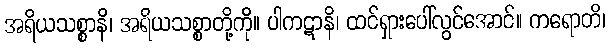
အရိယသစ္စာနိ၊ အရိယသစ္စာတို့ကို။ ပါကဋာနိ၊ ထင်ရှားပေါ်လွင်အောင်။ ကရောတိ၊